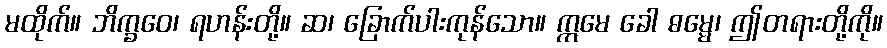
မထိုက်။ ဘိက္ခဝေ၊ ရဟန်းတို့။ ဆ၊ ခြောက်ပါးကုန်သော။ ဣမေ ခေါ ဓမ္မေ၊ ဤတရားတို့ကို။